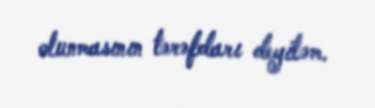
olunmasının tərəfdarı deyiləm.